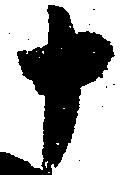
申